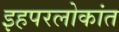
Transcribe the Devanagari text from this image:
इहपरलोकांत